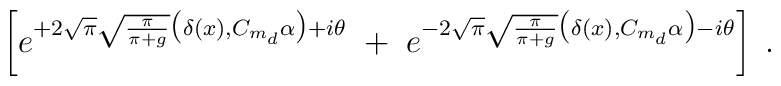
\left[ e^{ + 2 \sqrt{\pi} \sqrt{\frac{\pi}{\pi+g}}\big( \delta(x), C_{m_d} \alpha \big) + i\theta} \; + \;e^{ - 2 \sqrt{\pi} \sqrt{\frac{\pi}{\pi+g}}\big( \delta(x), C_{m_d} \alpha  \big) - i\theta} \right] \; .